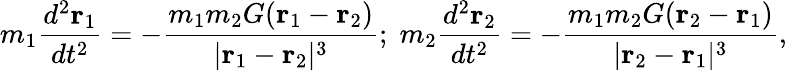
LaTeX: m_{1}{\frac{d^{2}{\mathbf{r}}_{1}}{dt^{2}}}=-{\frac{m_{1}m_{2}G({\mathbf{r}}_{1}-{\mathbf{r}}_{2})}{|{\mathbf{r}}_{1}-{\mathbf{r}}_{2}|^{3}}};\; m_{2}{\frac{d^{2}{\mathbf{r}}_{2}}{dt^{2}}}=-{\frac{m_{1}m_{2}G({\mathbf{r}}_{2}-{\mathbf{r}}_{1})}{|{\mathbf{r}}_{2}-{\mathbf{r}}_{1}|^{3}}},